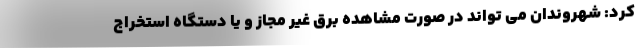
کرد: شهروندان می تواند در صورت مشاهده برق غیر مجاز و یا دستگاه استخراج